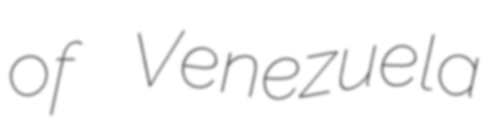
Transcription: of Venezuela